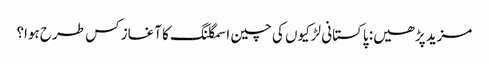
مزید پڑھیں: پاکستانی لڑکیوں کی چین اسمگلنگ کا آغاز کس طرح ہوا؟